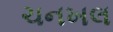
ચનખલ